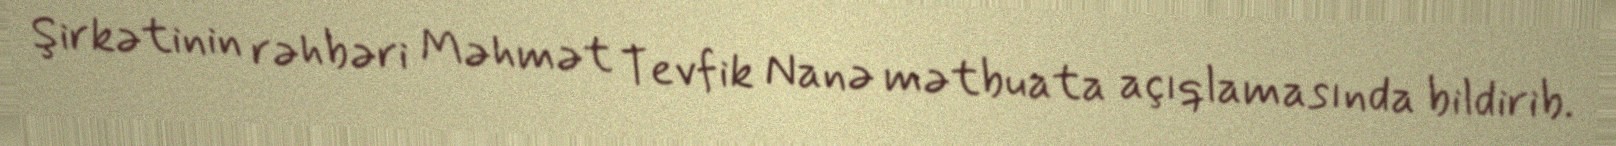
Şirkətinin rəhbəri Məhmət Tevfik Nanə mətbuata açıqlamasında bildirib.